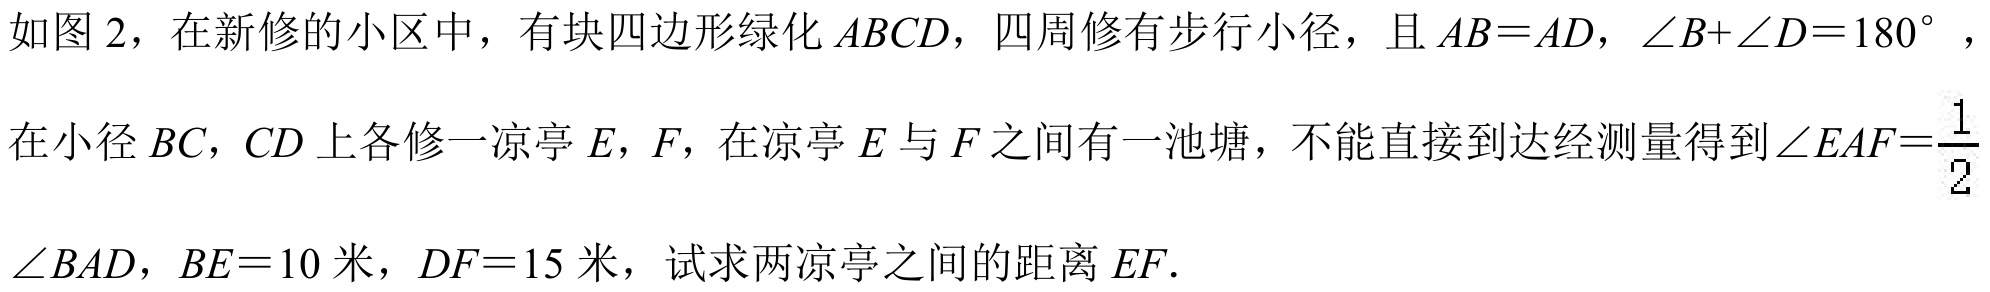
如图2，在新修的小区中，有块四边形绿化\(ABCD\)，四周修有步行小径，且\(AB = AD\)，\(\angle B+\angle D = 180^{\circ}\)，在小径\(BC\)，\(CD\)上各修一凉亭\(E\)，\(F\)，在凉亭\(E\)与\(F\)之间有一池塘，不能直接到达经测量得到\(\angle EAF=\frac{1}{2}\angle BAD\)，\(BE = 10\)米，\(DF = 15\)米，试求两凉亭之间的距离\(EF\)．